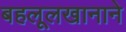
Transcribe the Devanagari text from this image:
बहलूलखानाने